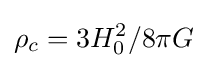
\rho _{c}=3H_{0}^{2}/8\pi G